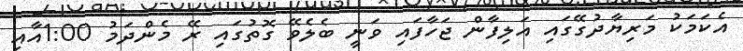
އެކަމަކު މަރިޔާދުގޭގައި އަލިފާން ޖަހާފައި ވަނީ ބެލެވޭ ގޮތުގައި ރޭ މެންދަމު 1:00އާއި